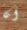
ان